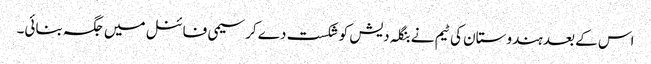
اس کے بعد ہندوستان کی ٹیم نے بنگلہ دیش کو شکست دے کرسیمی فائنل میں جگہ بنائی۔